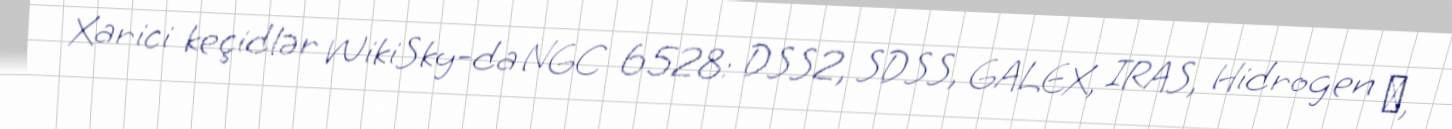
Xarici keçidlər WikiSky-da NGC 6528: DSS2, SDSS, GALEX, IRAS, Hidrogen α,